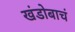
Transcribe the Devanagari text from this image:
खंडोबाचं